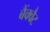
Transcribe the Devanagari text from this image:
बैंक्वैट